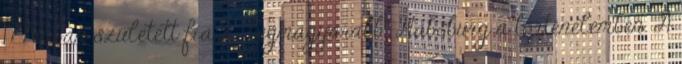
1776-ban született fia, a "legmagyarabb" Habsburg a történelemben. A